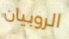
الروبيان